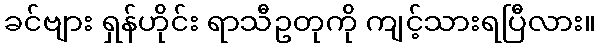
ခင်ဗျား ရှန်ဟိုင်း ရာသီဥတုကို ကျင့်သားရပြီလား။